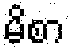
မိစာ